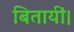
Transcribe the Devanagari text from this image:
बितायीं।